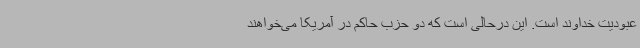
عبودیت خداوند است. این درحالی است که دو حزب حاکم در آمریکا می‌خواهند